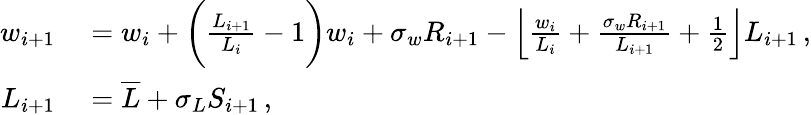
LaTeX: \begin{array}{rl}{w_{i+1}}&{{}=w_{i}+\bigg(\frac{L_{i+1}}{L_{i}}-1\bigg)w_{i}+\sigma_{w}R_{i+1}-\left\lfloor\frac{w_{i}}{L_{i}}+\frac{\sigma_{w}R_{i+1}}{L_{i+1}}+\frac{1}{2}\right\rfloor L_{i+1}\, ,}\\ {L_{i+1}}&{{}=\overline{{L}}+\sigma_{L}S_{i+1}\, ,}\end{array}